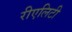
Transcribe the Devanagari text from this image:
रीएलिटी